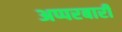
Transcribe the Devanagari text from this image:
अप्परबारी